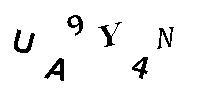
UA9Y4N